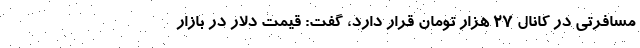
مسافرتی در کانال ۲۷ هزار تومان قرار دارد، گفت: قیمت دلار در بازار